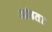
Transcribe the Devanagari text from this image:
ओढता